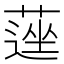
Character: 𦹇